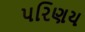
પરિણય